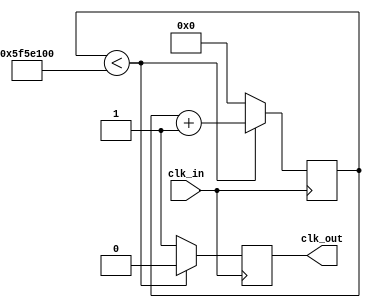
`timescale 1ns / 1ps
//////////////////////////////////////////////////////////////////////////////////
// Company: 
// Engineer: 
// 
// Design Name: 
// Module Name: clk_div
// Project Name: 
// Target Devices: 
// Tool Versions: 
// Description: 
// 
// Dependencies: 
// 
// Revision:
// Revision 0.01 - File Created
// Additional Comments:
// 
//////////////////////////////////////////////////////////////////////////////////


module clk_div #(parameter N = 100000000)(
    input clk_in,
    output reg clk_out
    );
    
    reg [31:0]count;
    always@(posedge clk_in)begin
        if(count < N)begin
            count <= count + 1'b1;
            clk_out <= 1'b0;
        end
        else begin
            count <= 0;
            clk_out <= 1'b1;
        end
    end
    
endmodule